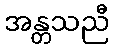
အန္တသညီ